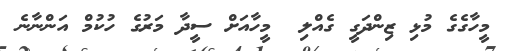
މީހާގެގެ މުޅި ޒިންދަގީ ގެއްލި  މީހާއަށް ސީދާ މަރުގެ ހުކުމް އަންނާނެ